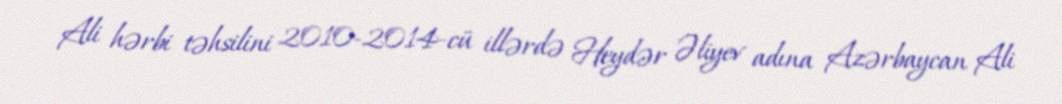
Ali hərbi təhsilini 2010-2014-cü illərdə Heydər Əliyev adına Azərbaycan Ali